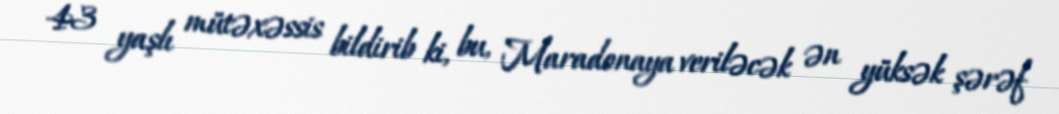
43 yaşlı mütəxəssis bildirib ki, bu, Maradonaya veriləcək ən yüksək şərəf